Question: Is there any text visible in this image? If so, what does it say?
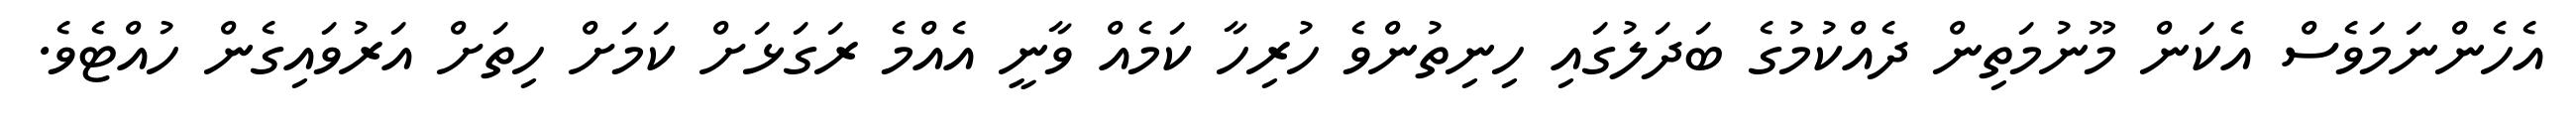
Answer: އެހެންނަމަވެސް އެކަން މޫނުމަތިން ދެއްކުމުގެ ބަދަލުގައި ހިނިތުންވެ ހުރިހާ ކަމެއް ވާނީ އެއްމެ ރަގަޅަށް ކަމަށް ހިތަށް އަރުވައިގެން ހުއްޓެވެ.